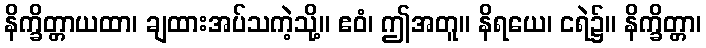
နိက္ခိတ္တာယထာ၊ ချထားအပ်သကဲ့သို့။ ဧဝံ၊ ဤအတူ။ နိရယေ၊ ငရဲ၌။ နိက္ခိတ္တာ၊